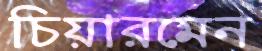
চিয়ারমেন